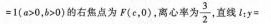
=1$$ ($$a > 0，b > 0$$ )的右焦点为F(e，0)，离心率为\frac{3}{2}，直线$$l_{t}y =